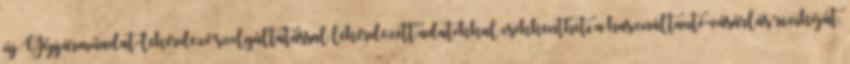
új Gépjárműadat-lekérdező szolgáltatással lekérdezett adatokkal csökkentheti a használtautó-vásárlás rizikóját.